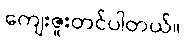
ကျေးဇူးတင်ပါတယ်။